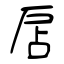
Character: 扂